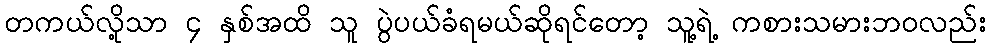
တကယ်လို့သာ ၄ နှစ်အထိ သူ ပွဲပယ်ခံရမယ်ဆိုရင်တော့ သူ့ရဲ့ ကစားသမားဘ၀လည်း